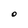
Character: O